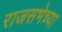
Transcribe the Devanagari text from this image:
राजसभेच्या